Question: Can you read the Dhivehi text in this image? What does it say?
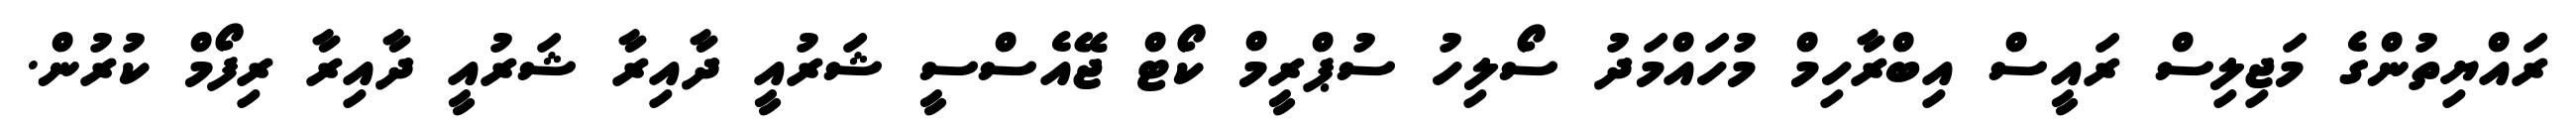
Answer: ރައްޔިތުންގެ މަޖިލިސް ރައީސް އިބްރާހިމް މުހައްމަދު ސޯލިހު ސުޕްރީމް ކޯޓް ޖޭއެސްސީ ޝަރުއީ ދާއިރާ ޝަރުއީ ދާއިރާ ރިފޯމް ކުރުން.